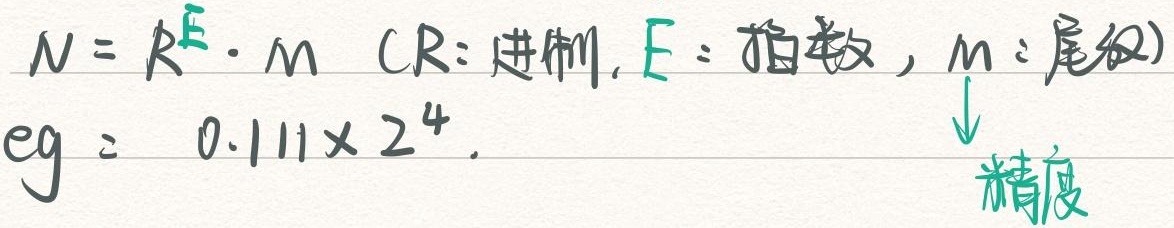
\[N = R^{E} \cdot M \ (R\text{: 进制}, E\text{: 指数}, M\text{: 尾数})\]
eg: \(0.111\times 2^{4}\). 精度